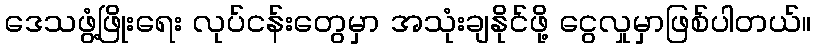
ဒေသဖွံ့ဖြိုးရေး လုပ်ငန်းတွေမှာ အသုံးချနိုင်ဖို့ ငွေလှုမှာဖြစ်ပါတယ်။